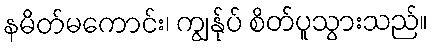
နမိတ်မကောင်း၊ ကျွန်ုပ် စိတ်ပူသွားသည်။